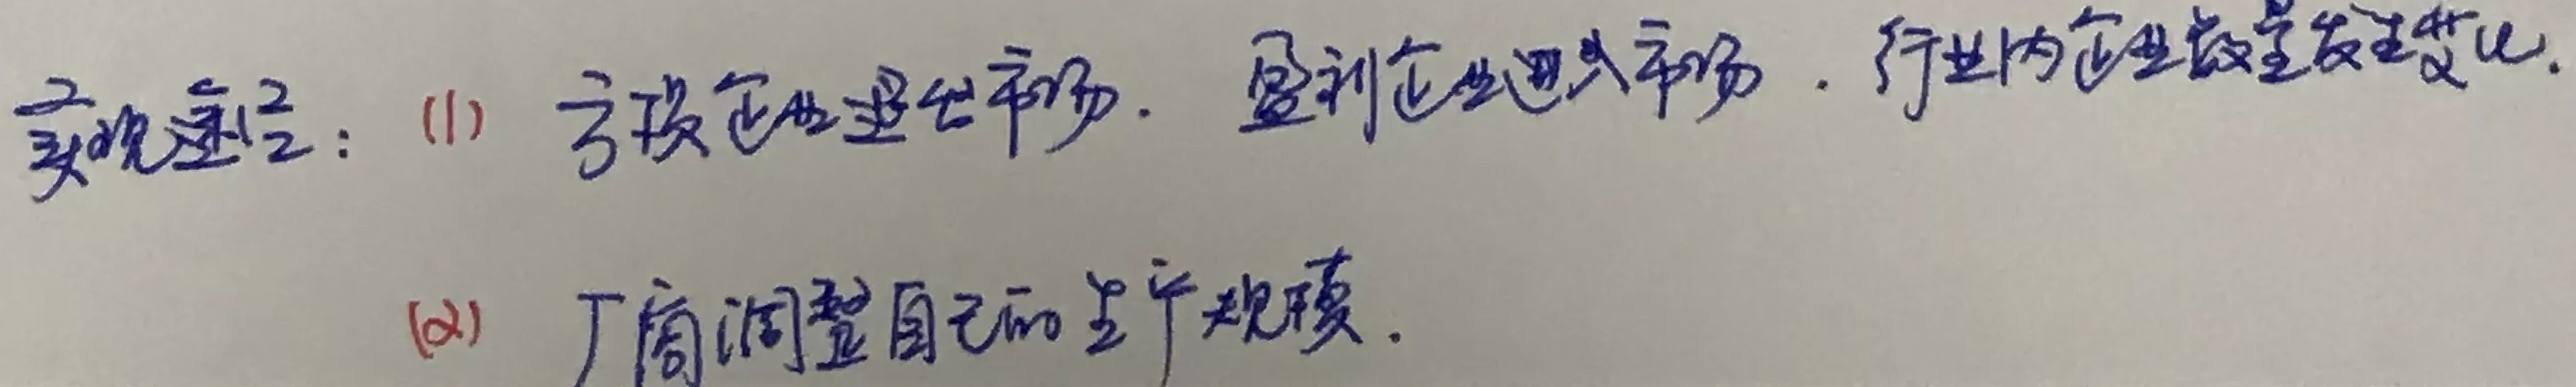
实现途径：
(1) 亏损企业退出市场，盈利企业进入市场，行业内企业数量发生变化。
(2) 厂商调整自己的生产规模。